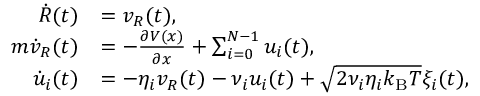
\begin{array} { r l } { \dot { R } ( t ) } & { = v _ { R } ( t ) , } \\ { m \dot { v } _ { R } ( t ) } & { = - \frac { \partial V ( x ) } { \partial x } + \sum _ { i = 0 } ^ { N - 1 } u _ { i } ( t ) , } \\ { \dot { u } _ { i } ( t ) } & { = - \eta _ { i } v _ { R } ( t ) - \nu _ { i } u _ { i } ( t ) + \sqrt { 2 \nu _ { i } \eta _ { i } k _ { \mathrm { B } } T } \xi _ { i } ( t ) , } \end{array}